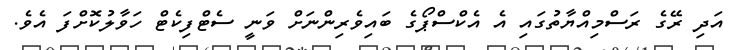
އަދި ރޭގެ ރަސްމިއްޔާތުގައި އެ އެކްސްޕޯގެ ބައިވެރިންނަށް ވަނީ ސެޓްފިކެޓް ހަވާލުކޮށްފަ އެވެ.